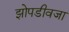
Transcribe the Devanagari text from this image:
झोपडीवजा